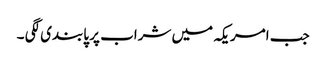
جب امریکہ میں شراب پر پابندی لگی ۔